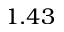
1 . 4 3